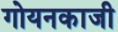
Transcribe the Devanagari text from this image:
गोयनकाजी